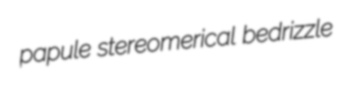
papule stereomerical bedrizzle